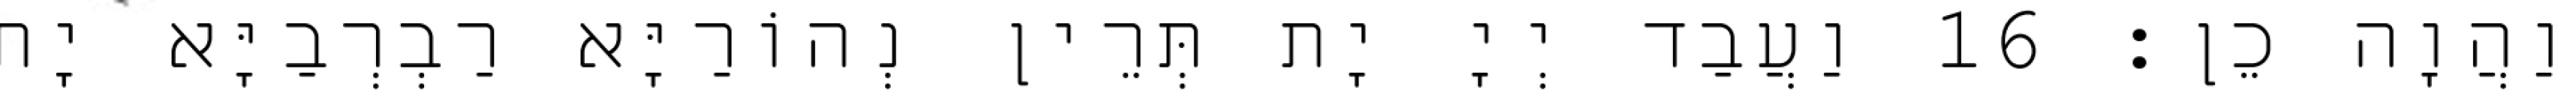
וַהֲוָה כֵן׃ 16 וַעֲבַד יְיָ יָת תְּרֵין נְהוֹרַיָּא רַבְרְבַיָּא יָת